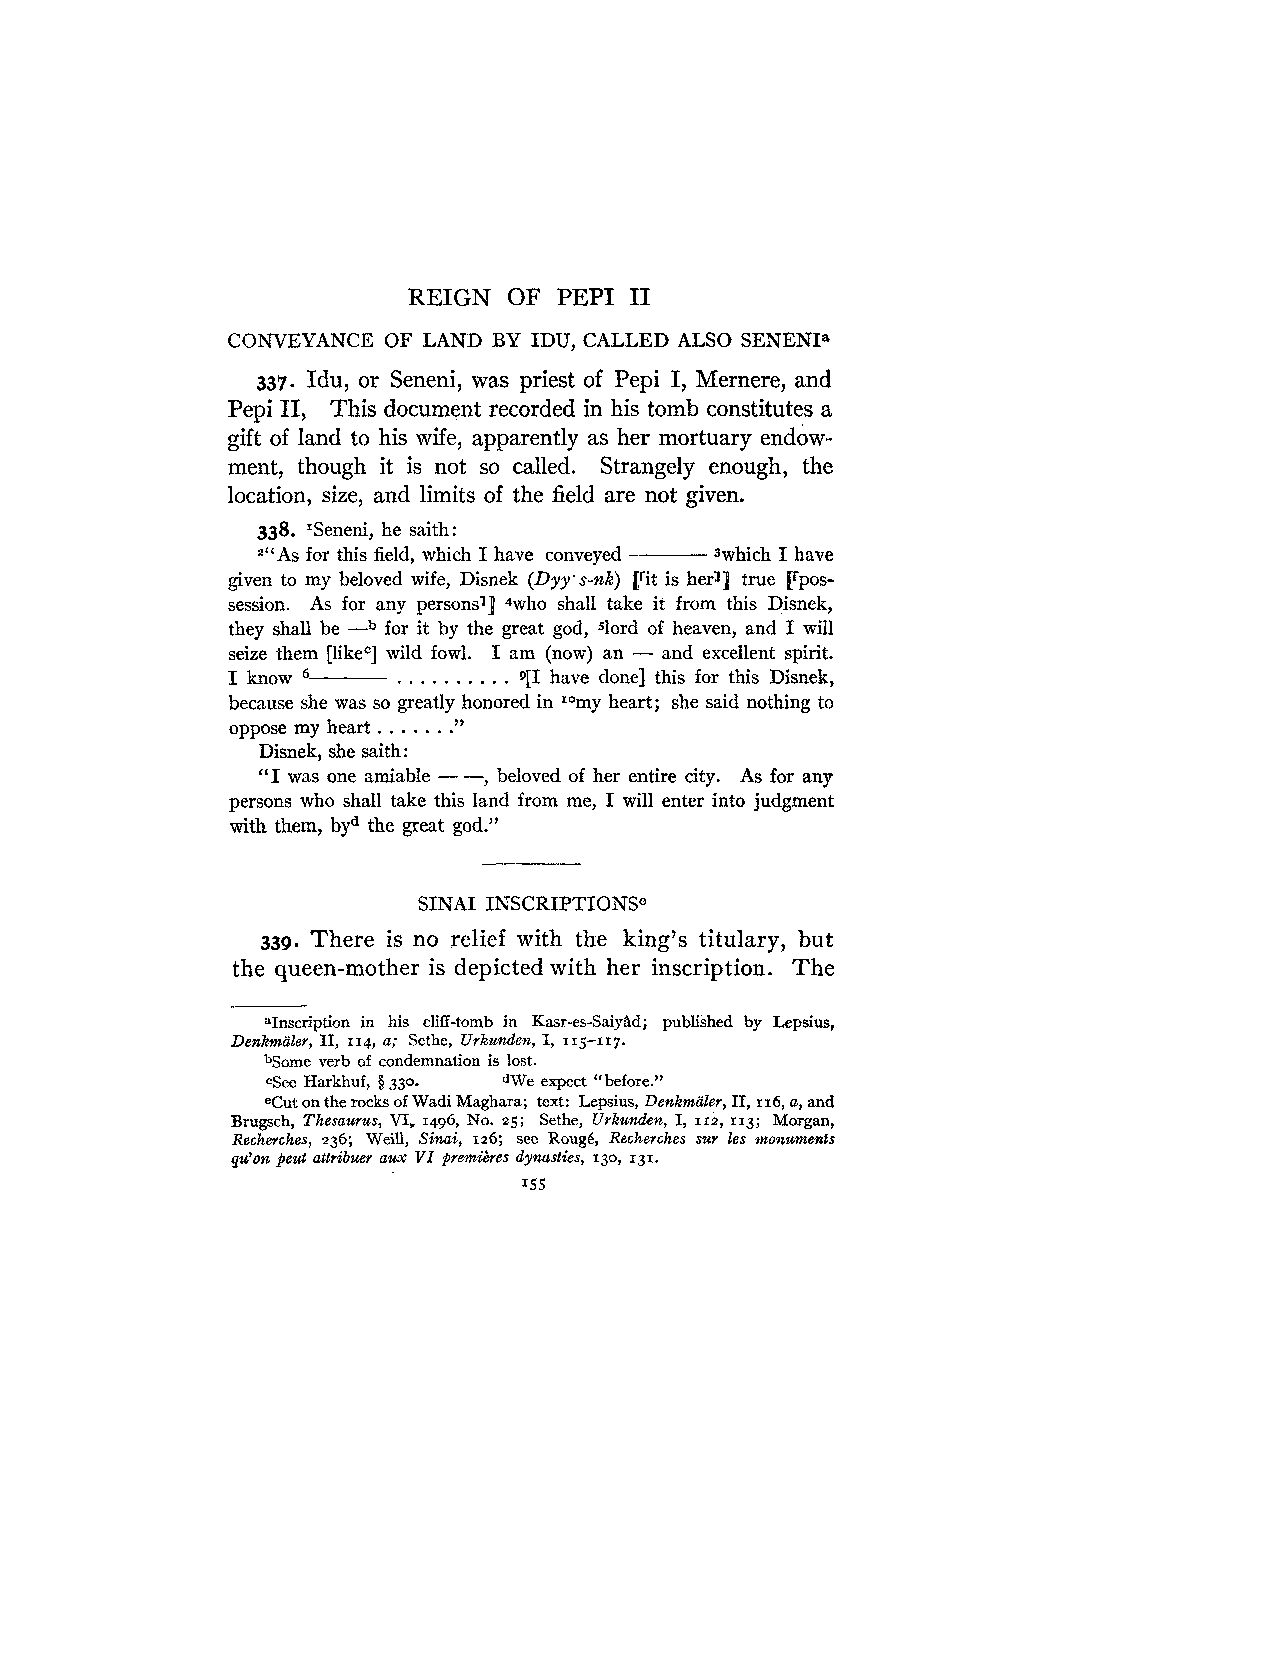
REIGN  OF PEP1 I1
 CONVEYANCE OF LAND BY IDU, CALLED ALSO SENENIa
 337. Idu, or Seneni, was priest of Pepi I, Mernere, and
 Pepi 11, This document recorded in his tomb constitutes a
 gift of land to his wife, apparently as her mortuary endow-
 ment, though it is not so called. Strangely enough, the
 location, size, and limits of the field are not given.
 338. 'Seneni, he saith:
 2icAsf or this field, which I have conveyed Jwhich I have
 given to my beloved wife, Disnek (Dyy.s-nk) ['it is her11 true [rpos-
 session. As for any persons'] 4wh0 shall take it from this Disnek,
 they shall be -b for it by the great god, $lord of heaven, and I will
 seize them [likec] wild fowl. I am (now) an - and excellent spirit.
 I know     . . . . . . . . . . 9[I have done] this for this Disnek,
 because she was so greatly honored in Iomy heart; she said nothing to
 . . . . . . .
 oppose my heart 9 7
 Disnek, she saith:
 "I was one amiable - -, beloved of her entire city. As for any
 persons who shall take this land from me, I will enter into judgment
 with them, byd the great god."
 SINAI INSCRIPTIONSe
 339. There is no relief with the king's titulary, but
 the queen-mother is depicted with her inscription. The
 aInscription in his cliff-tomb in Kasr-es-Saiyttd; published by Lepsius,
 Denkmaler, 11, 114, a; Sethe, Urkunden, I, 115-117.
 bSome verb of condemnation is lost.
 cSee Harkhuf, § 330- dWe expect "before."
 eCut on the rocks of Wadi Maghara; text: Lepsius, Denkmaler, 11, 116, a, and
 Brugsch, Thesaurus, VI, 1496, No. 25; Sethe, Urkunden, I, 112, 113; Morgan,
 Recherches, 236; Weill, Skai, 126; see RougB, Recherches sur les monzlments
 qJon peut attribuer aw VZ premibes dynasties, 130, 131.